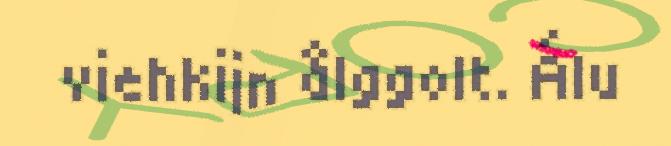
viehkijn ålggolt. Álu